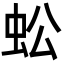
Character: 蚣